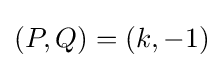
(P,Q)=(k,-1)